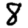
Digit: 8